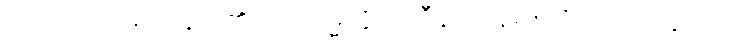
တဿာ၊ ထိုရဟန်းမ၏၎င်း။ ဥမ္မတ္တိကာဒီနံ၊ ကုန်၍။ (ဝိညာပေတွာ၊ ၍။